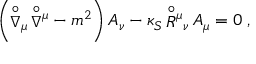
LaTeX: \left( { \stackrel { \circ } { \nabla } } { } _ { \mu } \, { \stackrel { \circ } { \nabla } } { } ^ { \mu } - m ^ { 2 } \right) A _ { \nu } - \kappa _ { S } \, { \stackrel { \circ } { R } } { } ^ { \mu } { } _ { \nu } \, A _ { \mu } = 0 \; ,